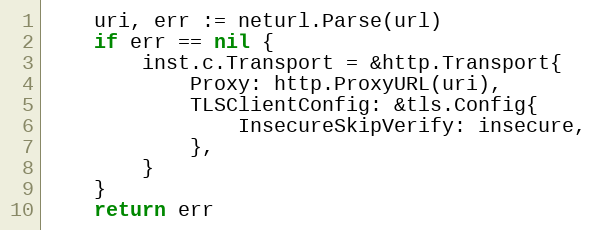
Language: Go
	uri, err := neturl.Parse(url)
	if err == nil {
		inst.c.Transport = &http.Transport{
			Proxy: http.ProxyURL(uri),
			TLSClientConfig: &tls.Config{
				InsecureSkipVerify: insecure,
			},
		}
	}
	return err